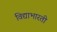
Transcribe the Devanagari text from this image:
विद्याभारती